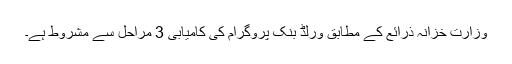
وزارت خزانہ ذرائع کے مطابق ورلڈ بنک پروگرام کی کامیابی 3 مراحل سے مشروط ہے۔